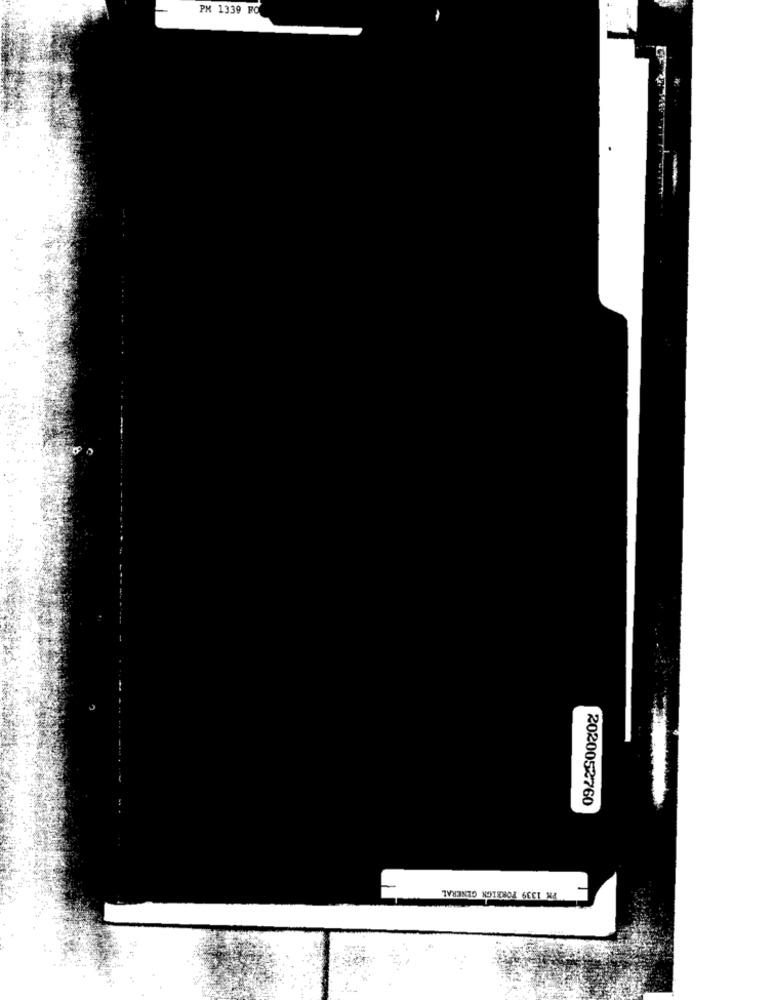
PM 1339 FO
2020052760
PK 1339 FOREIGN GENERAL